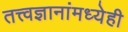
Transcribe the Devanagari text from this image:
तत्त्वज्ञानांमध्येही